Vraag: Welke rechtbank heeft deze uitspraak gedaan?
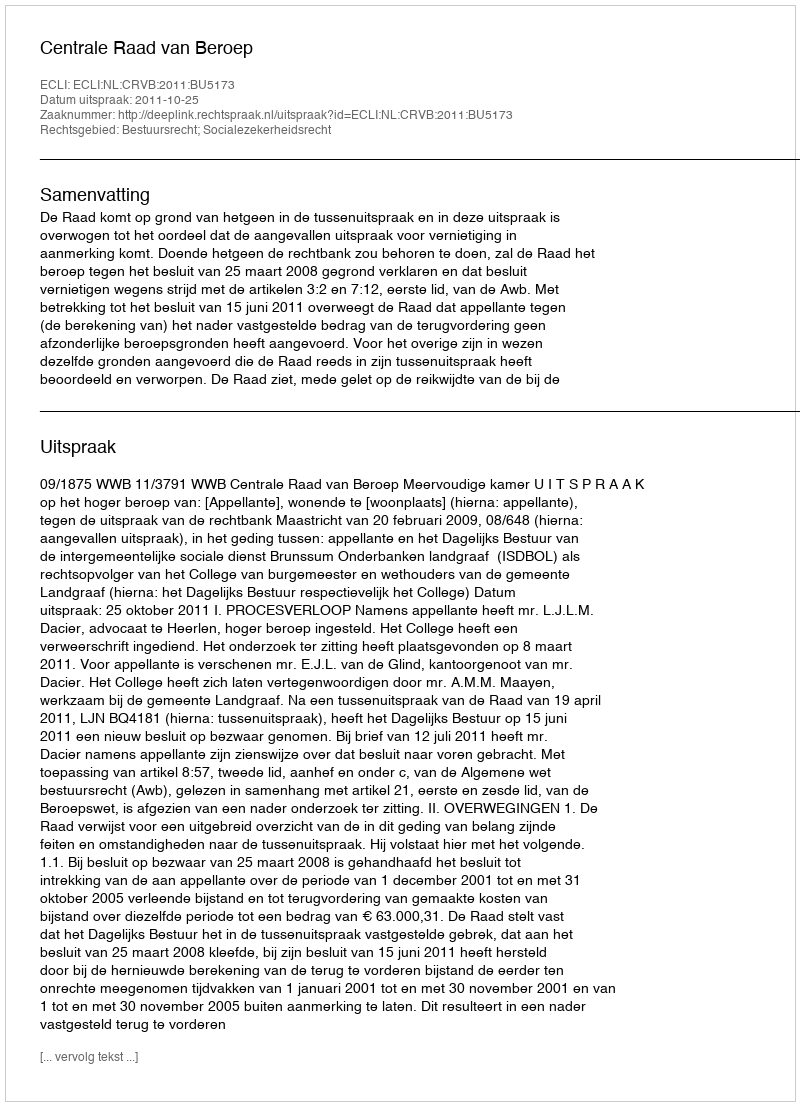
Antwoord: Centrale Raad van Beroep